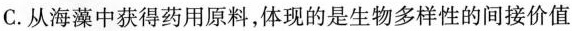
C.从海藻中获得药用原料,体现的是生物多样性的间接价值